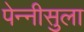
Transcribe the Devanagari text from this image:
पेन्‍नीसुला